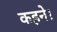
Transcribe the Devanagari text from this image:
कहने।